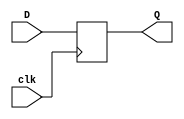

module reg_d(D,clk, Q);
input wire [31:0] D; // Data input 
output reg [31:0] Q; // output Q 
input clk; // clock input 
always @(posedge clk) 
begin
 Q <= D; 
end 
endmodule